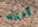
أنته